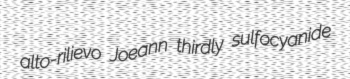
alto-rilievo Joeann thirdly sulfocyanide